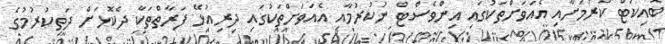
ބޮއިކަޓް ކުރުމަށާއި އެއަވަށްތަކުގައި އިންވެސްޓް ނުކުރުމާއި އެއަވަށްތަކުގައި ދިރިއުޅޭ ފަރާތްތަކާ ދެކޮޅަށް ދަތިކުރުމުގެ